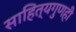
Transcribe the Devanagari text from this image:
साहित्यगुणही